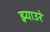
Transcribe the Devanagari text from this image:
झ्याउरे